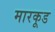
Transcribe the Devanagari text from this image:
मारकूड